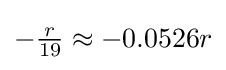
{\textstyle -{\frac {r}{19}}\approx -0.0526r}